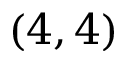
( 4 , 4 )